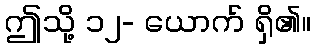
ဤသို့ ၁၂- ယောက် ရှိ၏။